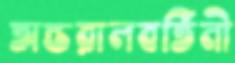
অন্তরালবর্তিনী